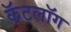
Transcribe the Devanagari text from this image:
कॅटलॉग